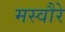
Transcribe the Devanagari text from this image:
मस्वौरे